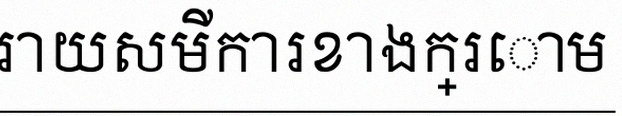
ដោះស្រាយសមីការខាងក្រោម